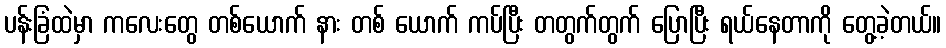
ပန်းခြံထဲမှာ ကလေးတွေ တစ်ယောက် နား တစ် ယောက် ကပ်ပြီး တတွက်တွက် ပြောပြီး ရယ်နေတာကို တွေ့ခဲ့တယ်။